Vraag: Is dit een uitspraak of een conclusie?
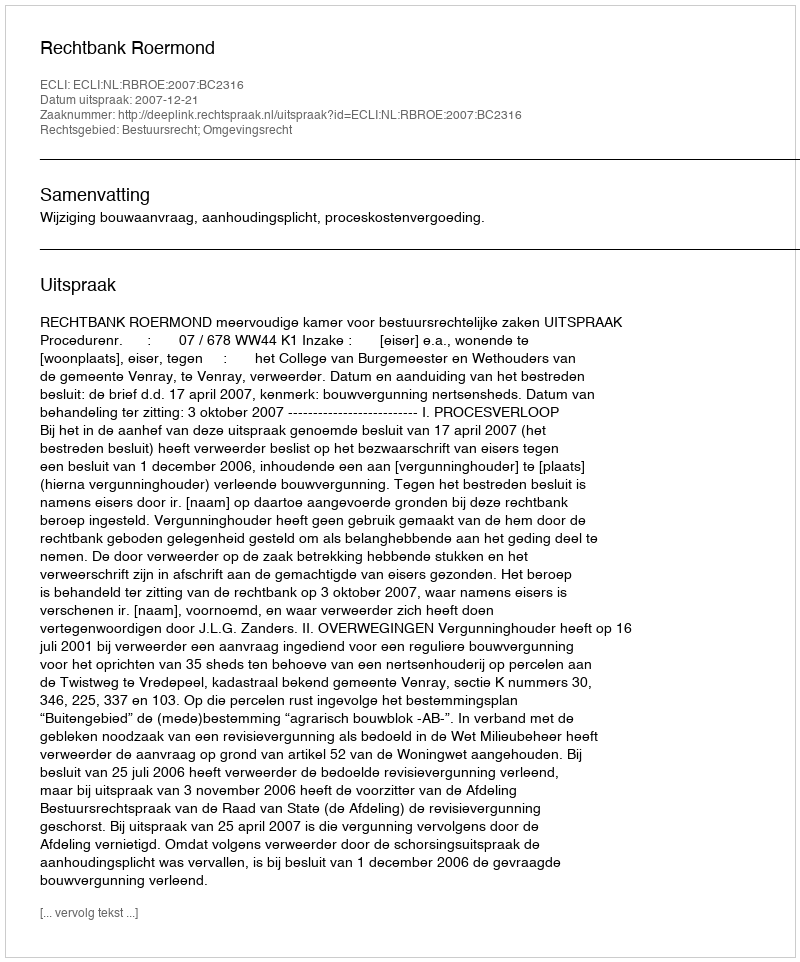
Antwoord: Uitspraak